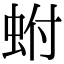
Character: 蚹